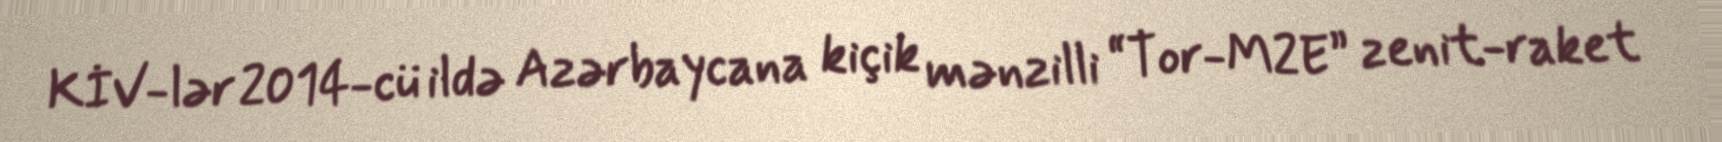
KİV-lər 2014-cü ildə Azərbaycana kiçik mənzilli “Tor-M2E” zenit-raket